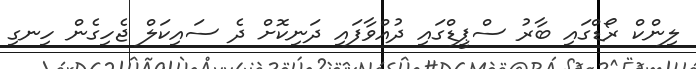
ލިންކް ރޯޑްގައި ބާރު ސްޕީޑްގައި ދުއްވާފައި ދަނިކޮށް ދެ ސައިކަލް ޖެހިގެން ހިނގި